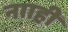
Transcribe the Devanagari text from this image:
नााही